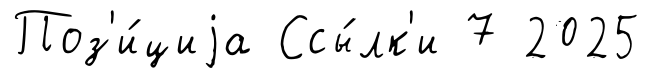
Поз'и́циjа Ссы́лк'и 7 2025